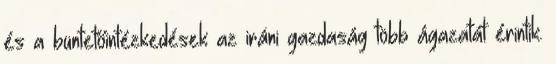
és a büntetőintézkedések az iráni gazdaság több ágazatát érintik.